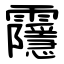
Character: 䨸